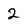
Character: 2